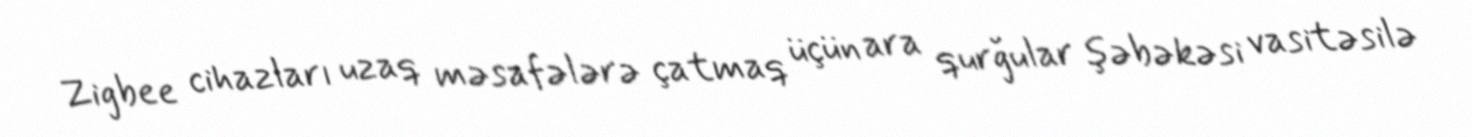
Zigbee cihazları uzaq məsafələrə çatmaq üçün ara qurğular şəbəkəsi vasitəsilə